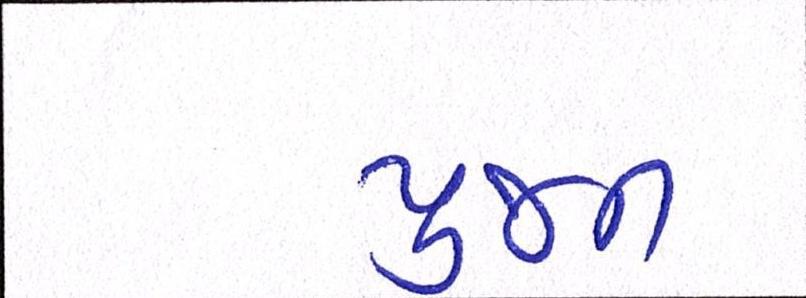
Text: પુજન